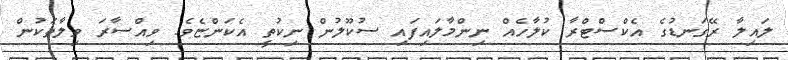
ލައިލާ ރޭގަނޑުގެ އެކްސްޓްރާ ކުލާހެއް ނިންމާލައިފައި ސުކޫލުން ނިކުތީ އެކަންޏެވެ. ވިއްސާރަ ވިލާތަކުން